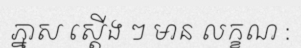
ភ្នាស ស្តើង ៗ មាន លក្ខណ :